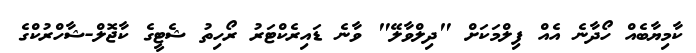
ކާމިޔާބެއް ހޯދާނެ އެއް ފިލްމަކަށް "ދިލްވާލޭ" ވާނެ ޑައިރެކްޓަރު ރޯހިތު ޝެޓީގެ ކާޖޮލް-ޝާހްރުކްގެ